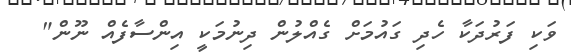
ވަކި ފަރުދަކާ ހެދި ގައުމަށް ގެއްލުން ދިނުމަކީ އިންސާފެއް ނޫން"